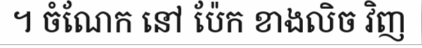
។ ចំណែក នៅ ប៉ែក ខាងលិច វិញ